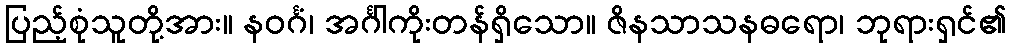
ပြည့်စုံသူတို့အား။ နဝင်္ဂံ၊ အင်္ဂါကိုးတန်ရှိသော။ ဇိနသာသနဓရော၊ ဘုရားရှင်၏